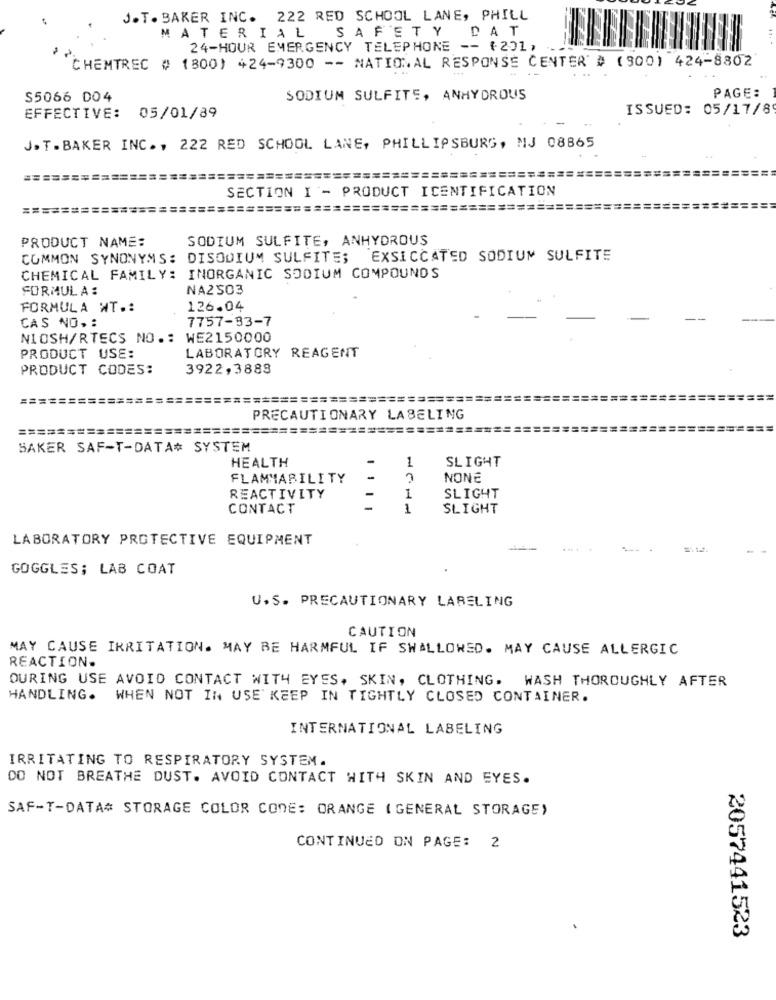
J.T. BAKER INC. 222 RED SCHOOL LANE, PHILL
MATERIAL SAFETY DAT
24-HOUR EMERGENCY TELEPHONE -- (201,
CHEMTREC # 1800) 424-9300 -- NATIONAL RESPONSE CENTER # (300) 424-8302
S5066 004
SODIUM SULFITE, ANHYDROUS
PAGE:
ISSUED: 05/17/8
EFFECTIVE: 05/01/89
J. T. BAKER INC ., 222 RED SCHOOL LANE, PHILLIPSBURG, MJ 08865
SECTION I '- PRODUCT ICENTIFICATION
==
======
=====
===========================
PRODUCT NAME:
SODIUM SULFITE, ANHYDROUS
COMMON SYNONYMS: DISODIUM SULFITE; EXSICCATED SODIUM SULFITE
CHEMICAL FAMILY: INORGANIC SODIUM COMPOUNDS
FORMULA :
NA2503
FORMULA WT .:
126.04
7757-33-7
CAS NO. :
NIOSH/RTECS NO .: WE2150000
PRODUCT USE:
LABORATORY REAGENT
PRODUCT CODES:
3922, 3888
==
================
===========================
PRECAUTIONARY LABELING
=============================================
SAKER SAF-T-DATA# SYSTEM
SLIGHT
HEALTH
1
FLAMMABILITY
-
NONE
REACTIVITY
1
SLIGHT
CONTACT
1
SLIGHT
LABORATORY PROTECTIVE EQUIPMENT
....
GOGGLES; LAB COAT
U.S. PRECAUTIONARY LABELING
CAUTION
MAY CAUSE IRRITATION. MAY BE HARMFUL IF SWALLOWED. MAY CAUSE ALLERGIC
REACTION.
DURING USE AVOID CONTACT WITH EYES, SKIN, CLOTHING. WASH THOROUGHLY AFTER
HANDLING. WHEN NOT IN USE KEEP IN TIGHTLY CLOSED CONTAINER.
INTERNATIONAL LABELING
IRRITATING TO RESPIRATORY SYSTEM.
DO NOT BREATHE DUST. AVOID CONTACT WITH SKIN AND EYES.
SAF-T-DATA# STORAGE COLOR CODE: ORANGE ( GENERAL STORAGE)
CONTINUED ON PAGE: 2
2057441523